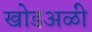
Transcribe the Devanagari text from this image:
खोडअळी